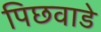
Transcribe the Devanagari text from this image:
पिछवाडे